Annual report of the Prince of Wales Medical College, Patna
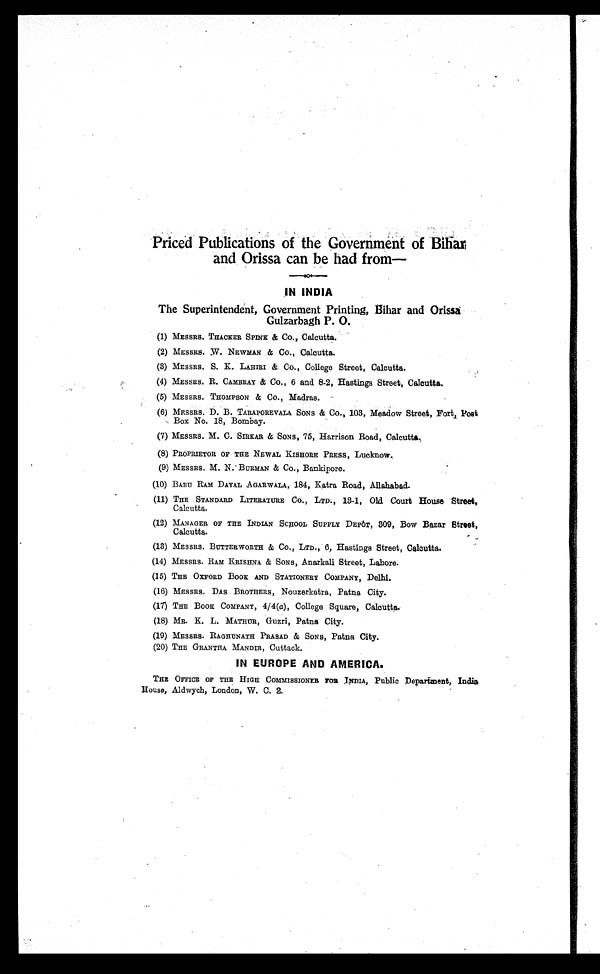
Priced Publications of the Government of Bihar
and Orissa can be had from—
IN INDIA
The Superintendent, Government Printing, Bihar and Orissa
Gulzarbagh P. O.
(1) MESSRS. THACKER SPINK & CO., Calcutta.
(2) MESSRS. W. NEWMAN & Co., Calcutta.
(3) MESSRS. S. K. LAHIRI & Co., College Street, Calcutta.
(4) MESSRS. R. CAMBRAY & Co., 6 and 8-2, Hastings Street, Calcutta.
(5) MESSRS. THOMPSON & Co., Madras.
(6) MESSRS. D. B. TARAPOREVALA SONS & CO., 103, Meadow Street, Fort, Post
Box No. 18, Bombay.
(7) MESSRS. M. C. SIRKAR & SONS, 75, Harrison Road, Calcutta.
(8) PROPRIETOR OF THE NEWAL KISHORE PRESS, Lucknow.
(9) MESSRS. M. N. BURMAN & Co., Bankipore.
(10) BABU RAM DAYAL AGARWALA, 184, Matra Road, Allahabad.
(11) THE STANDARD LITERATURE CO., LTD., 13-1, Old Court House Street,
Calcutta.
(12) MANAGER OF THE INDIAN SCHOOL SUPPLY DEPôT, 309, Bow Bazar Street,
Calcutta.
(13) MESSRS. BUTTER WORTH & Co., LTD., 6, Hastings Street, Calcutta.
(14) MESSRS. RAM KRISHNA & SONS, Anarkali Street, Lahore.
(15) THE OXFORD BOOK AND STATIONERY COMPANY, Delhi.
(16) MESSRS. DAS BROTHERS, Nouzerkatra, Patna City.
(17) THE BOOK COMPANY, 4/4(a), College Square, Calcutta.
(18) MR. K. L. MATHUR, Guzri, Patna City.
(19) MESSRS. RAGHUNATH PRASAD & SONS, Patna City.
(20) THE GRANTHA MANDIR, Cuttack.
IN EUROPE AND AMERICA.
THE OFFICE OF THE HIGH COMMISSIONER FOR INDIA, Public Department, India
H ouse, Aldwych, London, W. C. 2.